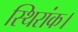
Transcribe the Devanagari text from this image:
स्थिरांक।